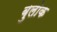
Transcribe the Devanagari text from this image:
बुलोक